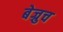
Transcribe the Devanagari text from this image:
बेज्रुच